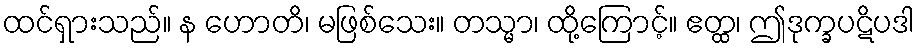
ထင်ရှားသည်။ န ဟောတိ၊ မဖြစ်သေး။ တသ္မာ၊ ထို့ကြောင့်။ ဧတ္ထ၊ ဤဒုက္ခပဋိပဒါ